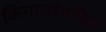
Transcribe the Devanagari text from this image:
किनार्यावरील